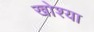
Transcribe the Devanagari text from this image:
खोश्या